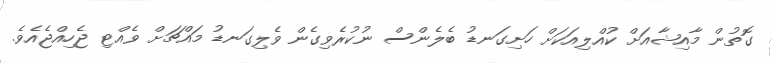
ގޮތުން މާއިޝާއަށް ކުއްލިއަކަށް ހަށިގަނޑު ބެލެންސް ނުކުރެވިގެން ވެލިގަނޑު މައްޗަށް ވެއްޓި ޖެހިއްޖެއެވެ.